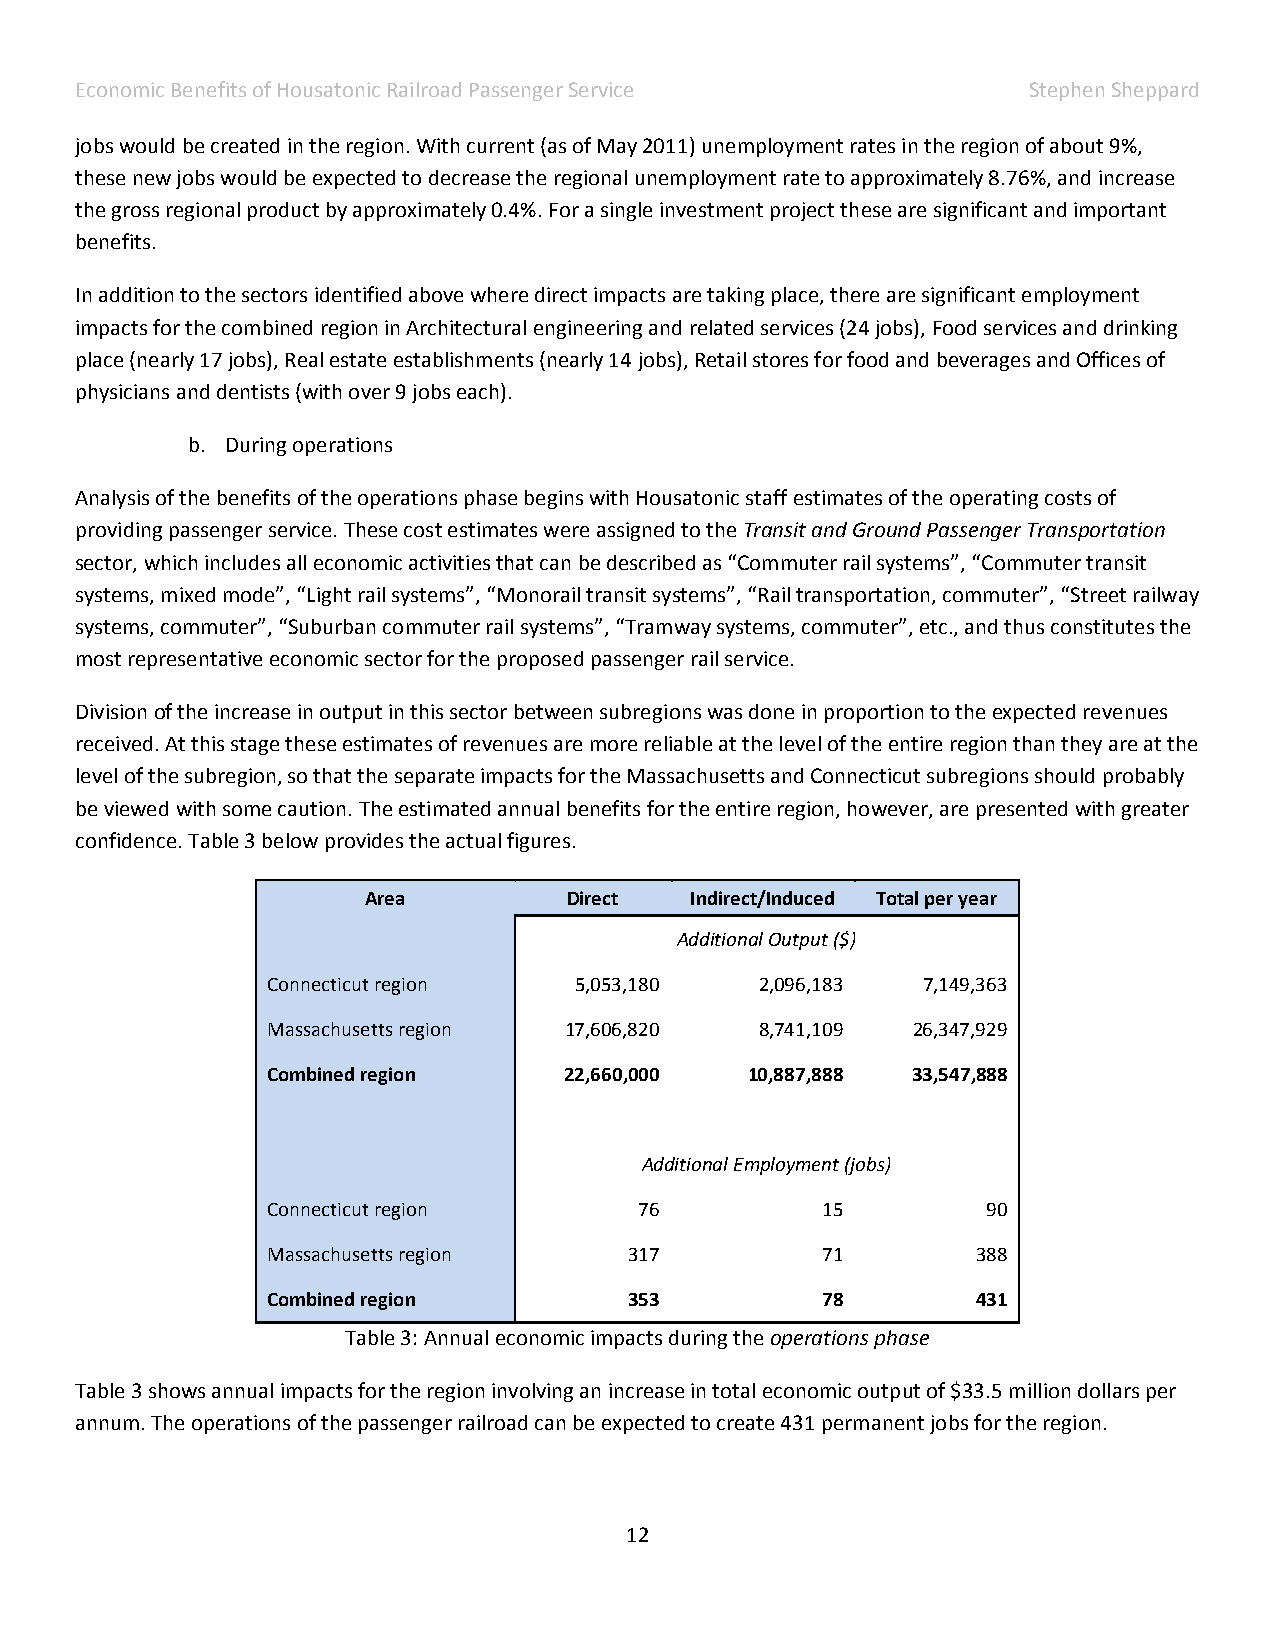
Economic Benefits of Housatonic Railroad Passenger Service     Stephen Sheppard
 jobs would be created in the region. With current (as of May 2011) unemployment rates in the region of about 9%,
 these new jobs would be expected to decrease the regional unemployment rate to approximately 8.76%, and increase
 the gross regional product by approximately 0.4%. For a single investment project these are significant and important
 benefits.
 In addition to the sectors identified above where direct impacts are taking place, there are significant employment
 impacts for the combined region in Architectural engineering and related services (24 jobs), Food services and drinking
 place (nearly 17 jobs), Real estate establishments (nearly 14 jobs), Retail stores for food and beverages and Offices of
 physicians and dentists (with over 9 jobs each).
 b. During operations
 Analysis of the benefits of the operations phase begins with Housatonic staff estimates of the operating costs of
 providing passenger service. These cost estimates were assigned to the Transit and Ground Passenger Transportation
 sector, which includes all economic activities that can be described as “Commuter rail systems”, “Commuter transit
 systems, mixed mode”, “Light rail systems”, “Monorail transit systems”, “Rail transportation, commuter”, “Street railway
 systems, commuter”, “Suburban commuter rail systems”, “Tramway systems, commuter”, etc., and thus constitutes the
 most representative economic sector for the proposed passenger rail service.
 Division of the increase in output in this sector between subregions was done in proportion to the expected revenues
 received. At this stage these estimates of revenues are more reliable at the level of the entire region than they are at the
 level of the subregion, so that the separate impacts for the Massachusetts and Connecticut subregions should probably
 be viewed with some caution. The estimated annual benefits for the entire region, however, are presented with greater
 confidence. Table 3 below provides the actual figures.
 Area          Direct  Indirect/Induced Total per year
 Additional Output ($)
 Connecticut region  5,053,180   2,096,183  7,149,363
 Massachusetts region 17,606,820 8,741,109 26,347,929
 Combined region    22,660,000   10,887,888 33,547,888
 Additional Employment (jobs)
 Connecticut region      76          15         90
 Massachusetts region    317         71         388
 Combined region         353         78         431
 Table 3: Annual economic impacts during the operations phase
 Table 3 shows annual impacts for the region involving an increase in total economic output of $33.5 million dollars per
 annum. The operations of the passenger railroad can be expected to create 431 permanent jobs for the region.
 12